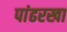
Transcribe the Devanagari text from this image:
पांढरखा